Annual administration report of the Civil Veterinary Department of India - 1892-1893
Year: 1892
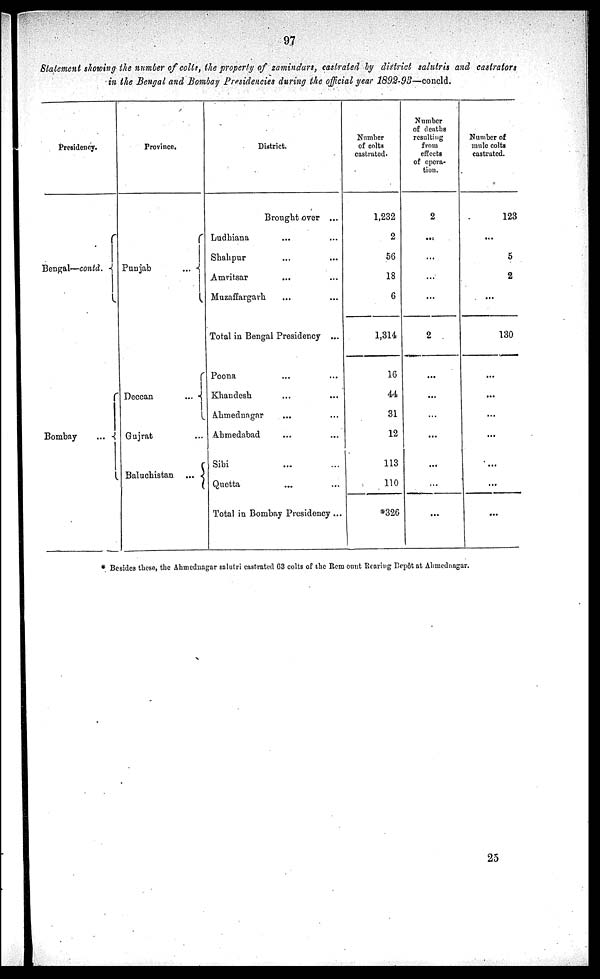
97
Statement showing the number of colts, the property of zamindars, castrated by district salutris and castrators
in the Bengal and Bombay Presidencies during the official year 1892-93—concld.
Presidency.
Bengal—contd.
Bombay ...
Province.
Punjab
...
Deccan
...
Gujrat ...
Baluchistan
...
District.
Brought over ...
Ludhiana ... ...
Shahpur ... ...
Amritsar ... ...
Muzaffargarh ... ...
Total in Bengal Presidency ...
Poona ... ...
Khandesh ... ...
Ahmednagar ... ...
Ahmedabad ... ...
Sibi ... ...
Quetta ... ...
Total in Bombay Presidency ....
Number
of colts
castrated.
1,232
2
56
18
6
1,314
16
44
31
12
113
110
*326
Number
of deaths
resulting
from
effects
of opera-
tion.
2
...
...
...
...
2
...
...
...
...
...
...
...
Number of
mule colts
castrated.
123
...
5
2
...
130
...
...
...
...
...
...
...
* Besides these, the Ahmednagar salutri castrated 63 colts of the Rem ount Rearing Depôt at Ahmednagar.
25